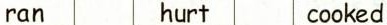
ran hurt cooked